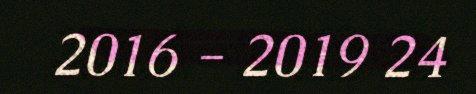
2016 - 2019 24